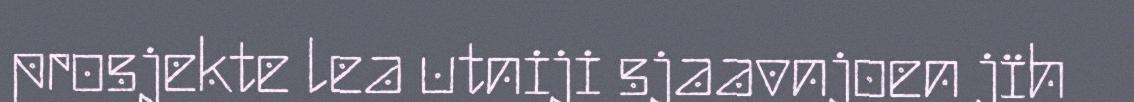
prosjekte lea utniji sjaavnjoen jïh